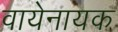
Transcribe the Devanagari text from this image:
वायेनायक